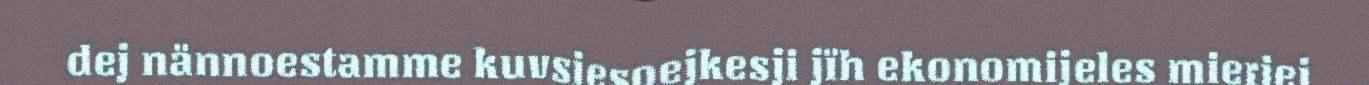
dej nännoestamme kuvsjesoejkesji jïh ekonomijeles mieriej